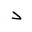
Letter: _dal